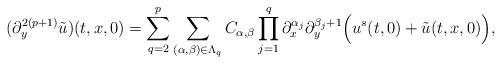
LaTeX: \begin{align*}(\partial^{2(p+1)}_y \tilde{u})(t, x, 0)=\sum^p_{q=2}\sum_{(\alpha, \beta)\in \Lambda_q}C_{\alpha,\beta}\prod\limits_{j=1}^q \partial_x^{\alpha_j}\partial_y^{\beta_j +1} \Big( u^s(t, 0) + \tilde{u}(t, x, 0) \Big),\end{align*}